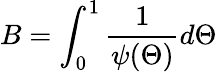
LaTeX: B=\int_{0}^{1}\frac{1}{\psi(\Theta)}d\Theta